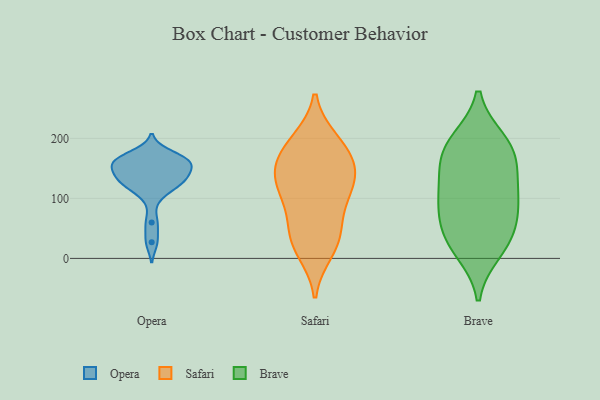
{"axis": {"x": "Temperature (°C)", "y": "Value"}, "legend": ["Brave", "Opera", "Safari"], "data": [{"x": "", "y": 60, "type": "Opera"}, {"x": "", "y": 104, "type": "Opera"}, {"x": "", "y": 161, "type": "Opera"}, {"x": "", "y": 162, "type": "Opera"}, {"x": "", "y": 125, "type": "Opera"}, {"x": "", "y": 128, "type": "Opera"}, {"x": "", "y": 162, "type": "Opera"}, {"x": "", "y": 27, "type": "Opera"}, {"x": "", "y": 174, "type": "Opera"}, {"x": "", "y": 130, "type": "Opera"}, {"x": "", "y": 142, "type": "Opera"}, {"x": "", "y": 126, "type": "Opera"}, {"x": "", "y": 146, "type": "Opera"}, {"x": "", "y": 163, "type": "Opera"}, {"x": "", "y": 159, "type": "Opera"}, {"x": "", "y": 40, "type": "Safari"}, {"x": "", "y": 48, "type": "Safari"}, {"x": "", "y": 183, "type": "Safari"}, {"x": "", "y": 156, "type": "Safari"}, {"x": "", "y": 25, "type": "Safari"}, {"x": "", "y": 141, "type": "Safari"}, {"x": "", "y": 138, "type": "Safari"}, {"x": "", "y": 144, "type": "Safari"}, {"x": "", "y": 102, "type": "Safari"}, {"x": "", "y": 12, "type": "Safari"}, {"x": "", "y": 116, "type": "Safari"}, {"x": "", "y": 92, "type": "Safari"}, {"x": "", "y": 196, "type": "Safari"}, {"x": "", "y": 189, "type": "Safari"}, {"x": "", "y": 12, "type": "Brave"}, {"x": "", "y": 160, "type": "Brave"}, {"x": "", "y": 109, "type": "Brave"}, {"x": "", "y": 154, "type": "Brave"}, {"x": "", "y": 39, "type": "Brave"}, {"x": "", "y": 194, "type": "Brave"}, {"x": "", "y": 100, "type": "Brave"}, {"x": "", "y": 179, "type": "Brave"}, {"x": "", "y": 74, "type": "Brave"}, {"x": "", "y": 57, "type": "Brave"}, {"x": "", "y": 109, "type": "Brave"}, {"x": "", "y": 196, "type": "Brave"}, {"x": "", "y": 22, "type": "Brave"}]}